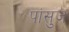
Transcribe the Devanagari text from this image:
पांसुज